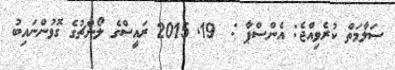
ސަލާމަތް ކުރެވިއްޖެ: އެންސްޕާ :  19